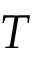
T